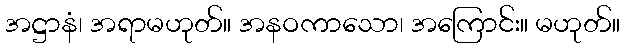
အဋ္ဌာနံ၊ အရာမဟုတ်။ အနဝကာသော၊ အကြောင်း။ မဟုတ်။